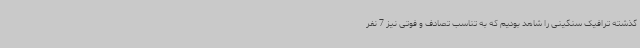
گذشته ترافیک سنگینی را شاهد بودیم که به تناسب تصادف و فوتی نیز 7 نفر